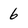
Character: 6